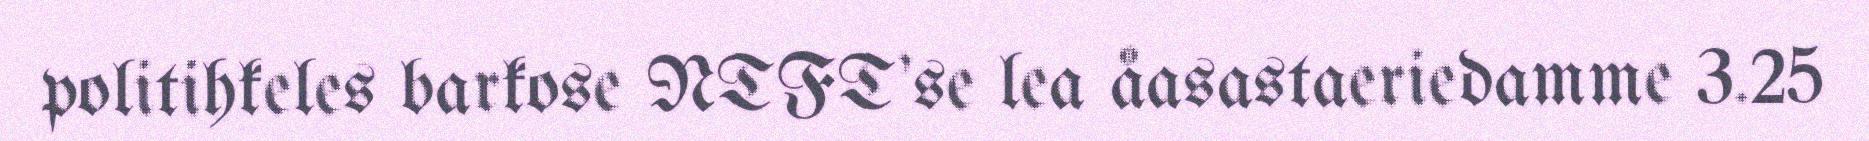
politihkeles barkose NTFT'se lea åasastaeriedamme 3.25